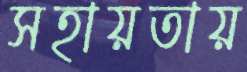
সহায়তায়